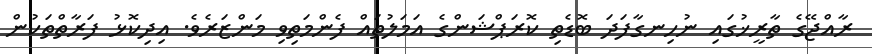
ރާއްޖޭގެ ތާރީޚުގައި ނުހިނގާފަދަ ބޮޑެތި ކޮރަޕްޝަންގެ އަމަލުތައް ފެންމަތިވި މަންޒަރެވެ. އިދިކޮޅު ފަރާތްތަކުން